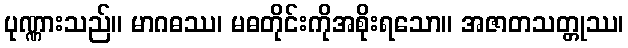
ပုဏ္ဏားသည်။ မာဂဓဿ၊ မဓတိုင်းကိုအစိုးရသော။ အဇာတသတ္တုဿ၊